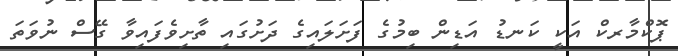
ޕޮކްމާރކް އަކީ ކަނޑު އަޑިން ބިމުގެ ފަށަލައިގެ ދަށުގައި ތާށިވެފައިވާ ގޭސް ނުވަތަ